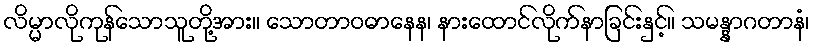
လိမ္မာလိုကုန်သောသူတို့အား။ သောတာဝဓာနေန၊ နားထောင်လိုက်နာခြင်းနှင့်။ သမန္နာဂတာနံ၊